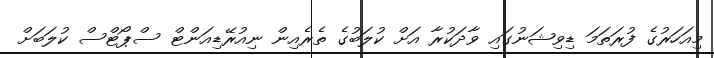
މިއަހަރުގެ ފުރަތަމަ ޑިވިޝަނުގައި ވާދަކުރާ އަށް ކުލަބުގެ ތެރެއިން ނިއުރޭޑިއަންޓް ސްޕޯޓްސް ކުލަބަށް